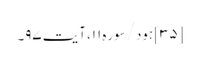
[۳۵] ہود/سوره۱۱، آیت ۹۷۔